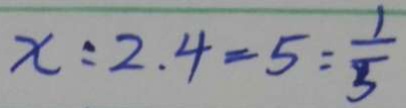
x : 2 . 4 = 5 : \frac { 1 } { 5 }